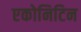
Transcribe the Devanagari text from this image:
एकोनिटिन